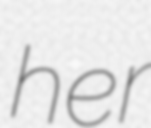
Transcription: her